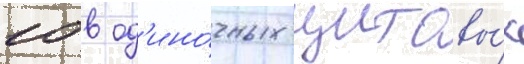
10 в од'ино́чных щитовы́х